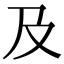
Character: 及